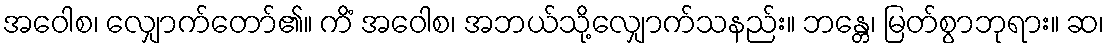
အဝေါစ၊ လျှောက်တော်၏။ ကိံ အဝေါစ၊ အဘယ်သို့လျှောက်သနည်း။ ဘန္တေ၊ မြတ်စွာဘုရား။ ဆ၊